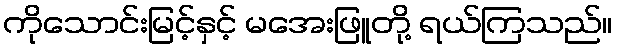
ကိုသောင်းမြင့်နှင့် မအေးဖြူတို့ ရယ်ကြသည်။